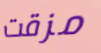
مزقت